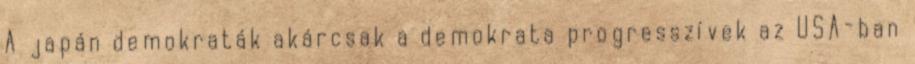
A japán demokraták akárcsak a demokrata progresszívek az USA-ban